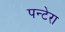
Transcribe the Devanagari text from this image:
पन्टेरा